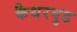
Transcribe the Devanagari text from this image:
कैथरवुड